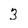
Character: 3